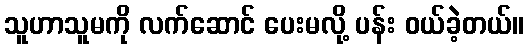
သူဟာသူမကို လက်ဆောင် ပေးမလို့ ပန်း ဝယ်ခဲ့တယ်။